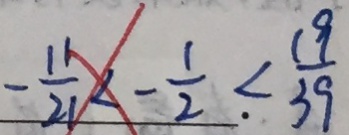
- \frac { 1 1 } { 2 1 } < \frac { 1 } { 2 } < \frac { 1 9 } { 3 9 }